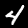
Digit: 4